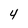
Character: 4